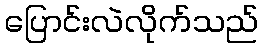
ပြောင်းလဲလိုက်သည်